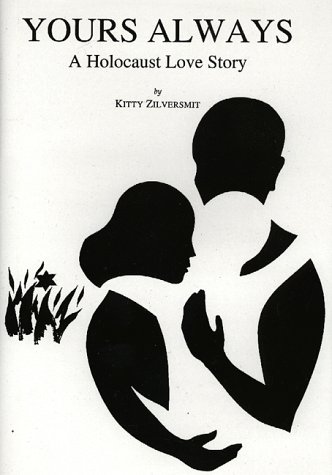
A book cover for Yours Always: A Holocaust Love Story (Occasional Publications of the Department of Near Eastern Studies and the Program of Jewish Studies, Cornell University, V. 2); Kitty Zilversmit; History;